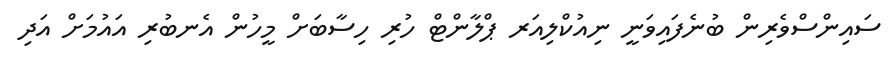
ސައިންސްވެރިން ބުނެފައިވަނީ ނިއުކްލިއަރ ޕްލާންޓް ހުރި ހިސާބަށް މީހުން އެނބުރި އައުމަށް އަދި